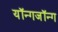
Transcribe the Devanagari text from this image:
यॉन्गजॉन्ग